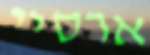
ארסיי